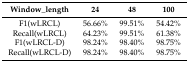
<table><thead><tr><td><b>Window_length</b></td><td><b>24</b></td><td><b>48</b></td><td><b>100</b></td></tr></thead><tbody><tr><td>F1(wLRCL)</td><td>56.66%</td><td>99.51%</td><td>54.42%</td></tr><tr><td>Recall(wLRCL)</td><td>64.23%</td><td>99.51%</td><td>61.38%</td></tr><tr><td>F1(wLRCL-D)</td><td>98.24%</td><td>98.40%</td><td>98.75%</td></tr><tr><td>Recall(wLRCL-D)</td><td>98.24%</td><td>98.40%</td><td>98.75%</td></tr></tbody></table>